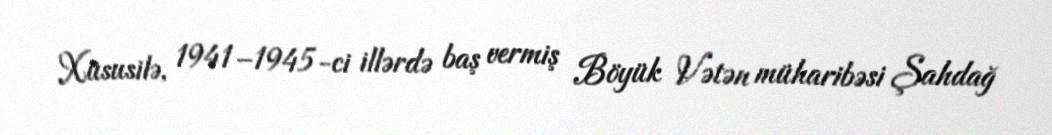
Xüsusilə, 1941–1945-ci illərdə baş vermiş Böyük Vətən müharibəsi Şahdağ